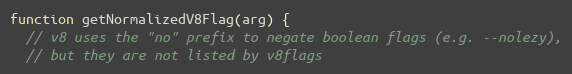
Language: JavaScript
function getNormalizedV8Flag(arg) {
  // v8 uses the "no" prefix to negate boolean flags (e.g. --nolezy),
  // but they are not listed by v8flags